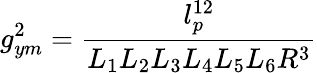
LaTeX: g_{ym}^{2}=\frac{l_{p}^{12}}{L_{1}L_{2}L_{3}L_{4}L_{5}L_{6}R^{3}}